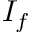
I _ { f }